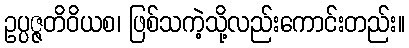
ဥပ္ပဇ္ဇတိဝိယစ၊ ဖြစ်သကဲ့သို့လည်းကောင်းတည်း။